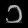
Digit: ၁